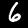
Label: 6